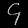
Digit: ၄